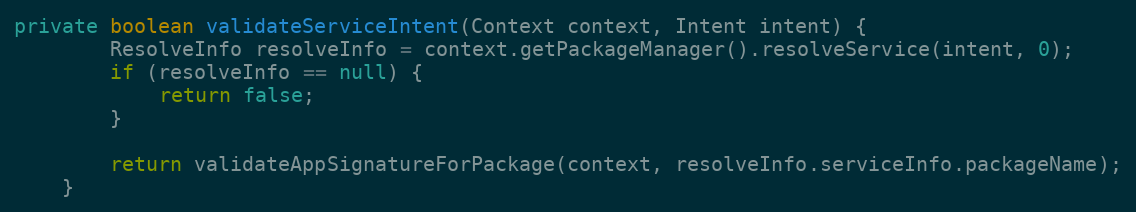
Language: Java
private boolean validateServiceIntent(Context context, Intent intent) {
        ResolveInfo resolveInfo = context.getPackageManager().resolveService(intent, 0);
        if (resolveInfo == null) {
            return false;
        }

        return validateAppSignatureForPackage(context, resolveInfo.serviceInfo.packageName);
    }